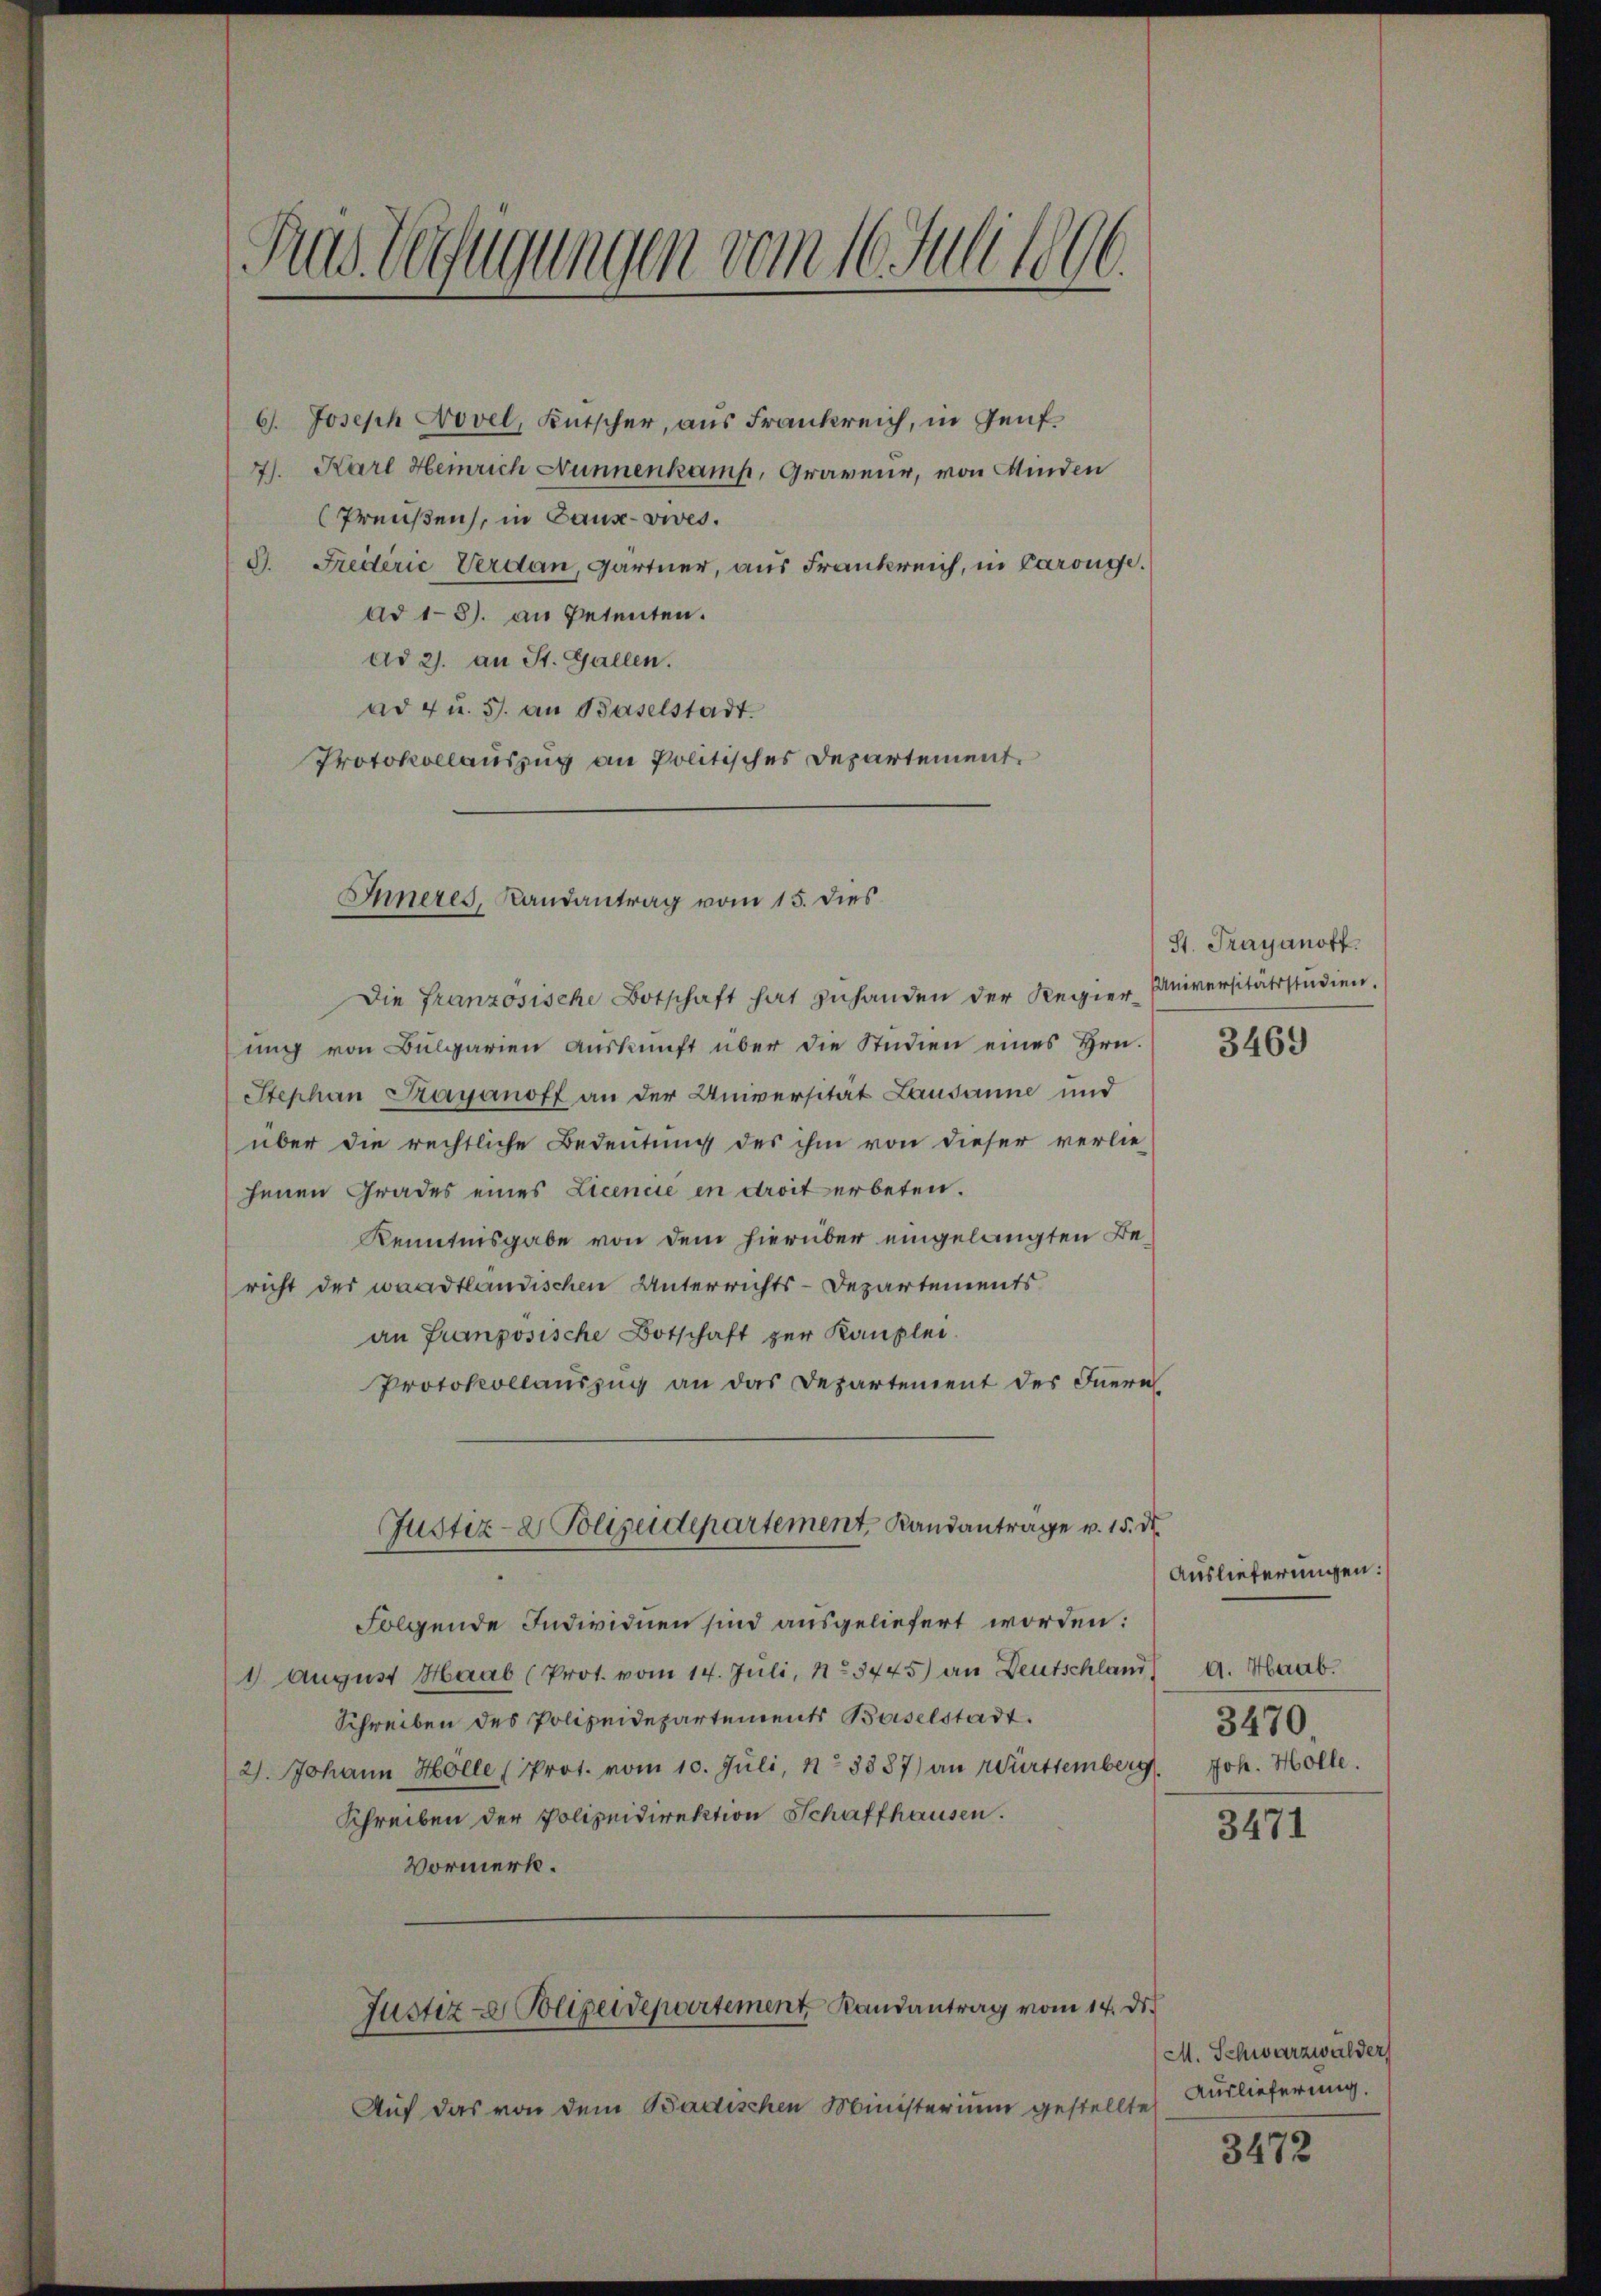
1
Ras Verfügungen vom 16. Juli.
100.

6. Joseph Novel, Kutscher, aus Frankreich, in Genf.
7). Karl Heinrich Nunnenkamp, Graveur, von Minden
Preußen, in Gaux-vies.
G. Freiterie Verdan, Gärtner, aus Frankreich, in Carouge.
ad 18). an Petenten.
ad 2. an St. Gallen.
ad 4 u. 5. an Baselstadt.
Protokollauszug an Politisches Departement.
Die französische Botschaft hat zuhanden der Regier-
ŭng von Bulgarien Aŭskŭnft über die Studien eines Hrn.
Stephan Payanoff an der Universität Lausanne und
über die rechtliche Bedeutung des ihm von dieser verlie-
henen Grades eines Licencie in droit erbeten.
Kenntnisgabe von dem hierüber eingelangten Bericht der waadtländischen Unterrichts-Departements
an Französische Botschaft zur Kanzlei.
Protokollauszug an das Departement des Inern
Justiz- & Polizeidepartement, Randantrage v. 15. d.
Folgende Individuen sind ausgeliefert worden:
1 August Haab (Prot. vom 14. Juli, No 5745) an Deutschland,
Schreiben des Polizeidepartements Baselstadt.
2). Johann Holle (Prot. vom 10. Juli, No 3887) an Württemberg Joh. Holle.
Schreiben der Polizeidirektion Schaffhausen.
Vormerk.
Justiz - Polizeidepartement Randantrag vom 14. d.
Auf das von dem Badischen Ministerium gestellte

Inneres, Randantrag vom 15. dies

St. Frayanoff.
Universitätsstudien.

3469

Auslieferungen:
d. Haab.
3470

3471

M. Schwarzwalder
Auslieferung.

3472